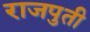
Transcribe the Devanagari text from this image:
राजपुती